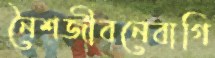
নৈশজীবনেবাগি